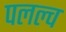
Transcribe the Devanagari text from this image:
पलल्व